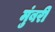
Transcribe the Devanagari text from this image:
मुंबरी